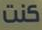
كنت